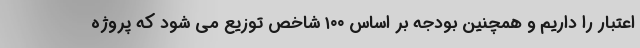
اعتبار را داریم و همچنین بودجه بر اساس ۱۰۰ شاخص توزیع می شود که پروژه